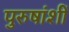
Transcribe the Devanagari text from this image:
पुरुषांशीं